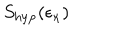
S _ { \mathrm { h y p } } ( \epsilon _ { \kappa } )